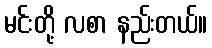
မင်းတို့ လစာ နည်းတယ်။